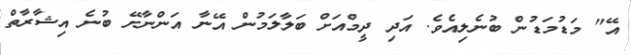
އޭ" މަޑުމަޑުން ބުނެލިއެވެ. އަދި ދީމްއަށް ބަލާލަމުން އޭނާ އަންނާށޭ ބުނެ އިޝާރާތް